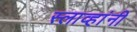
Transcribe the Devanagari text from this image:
स्लाव्हांनी